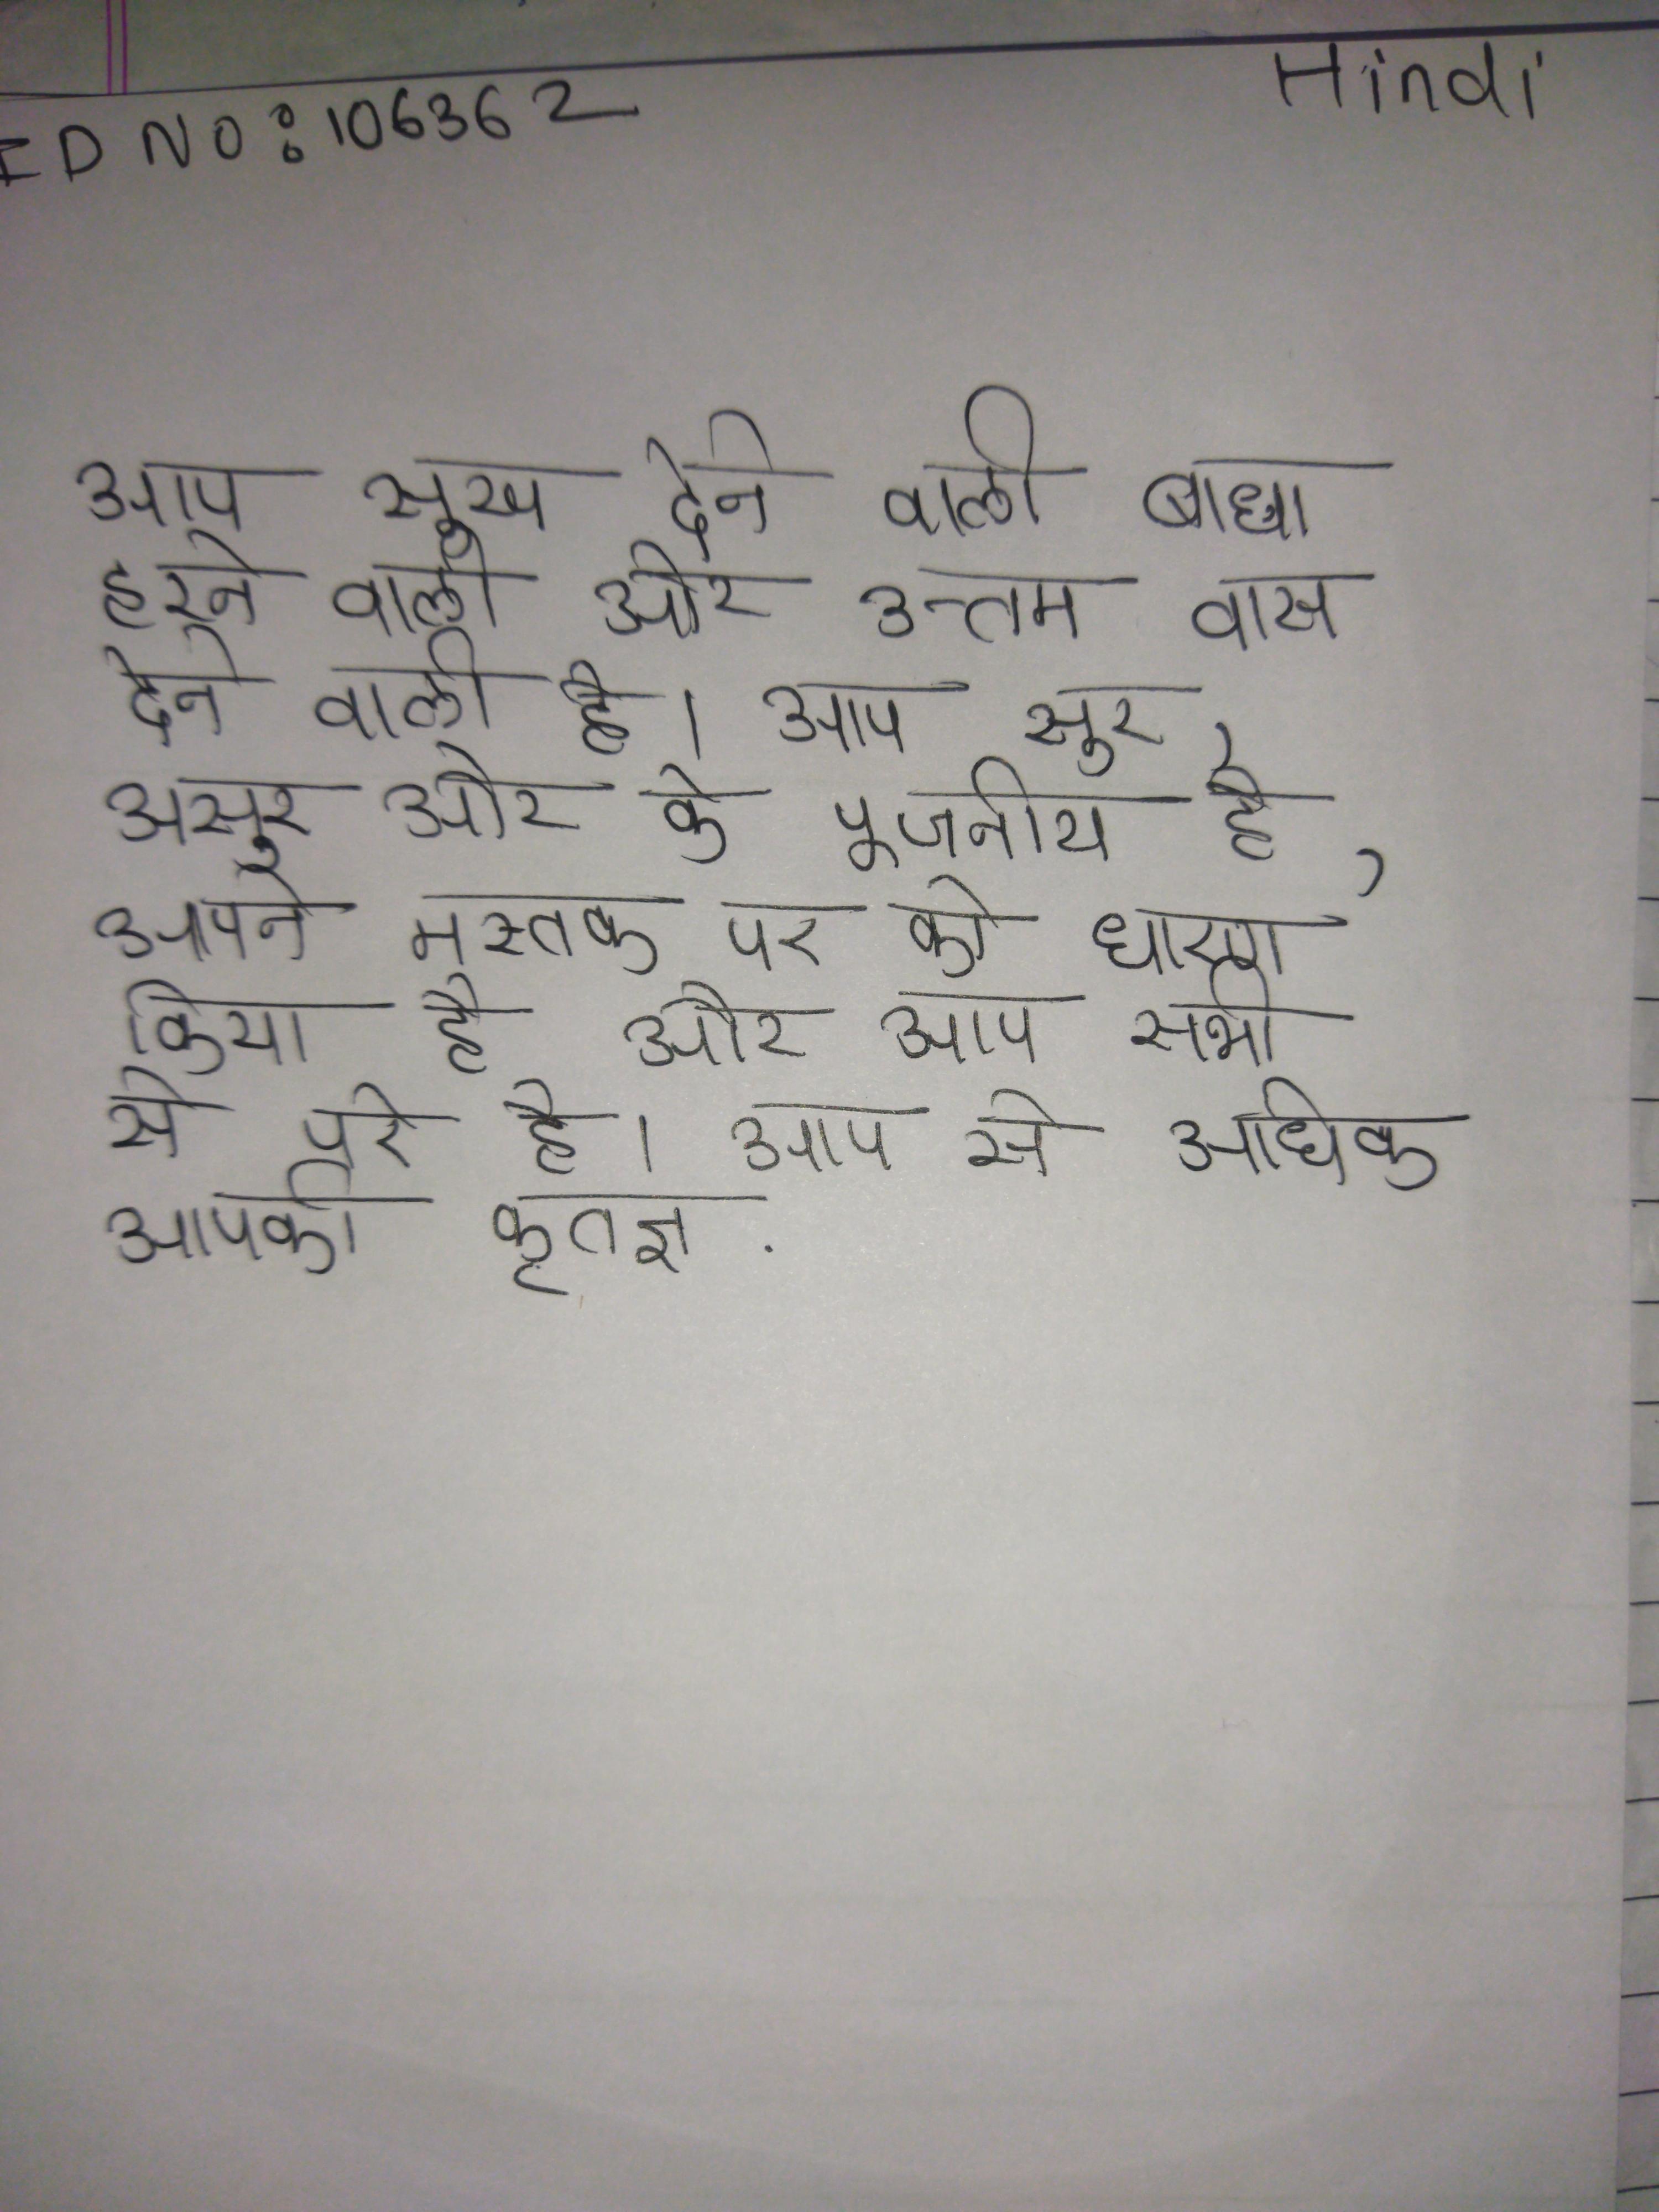
आप सुख देने वाली बाधा हरने वाली और उत्तम वास देने वाली है । आप सुर, असुर और के पूजनीय है, आपने मस्तक पर को धारण किया है और आप सभी से परे है । आप से अधिक आपकी कृतज्ञ .